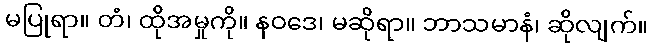
မပြုရာ။ တံ၊ ထိုအမှုကို။ နဝဒေ၊ မဆိုရာ။ ဘာသမာနံ၊ ဆိုလျက်။